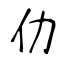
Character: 仂